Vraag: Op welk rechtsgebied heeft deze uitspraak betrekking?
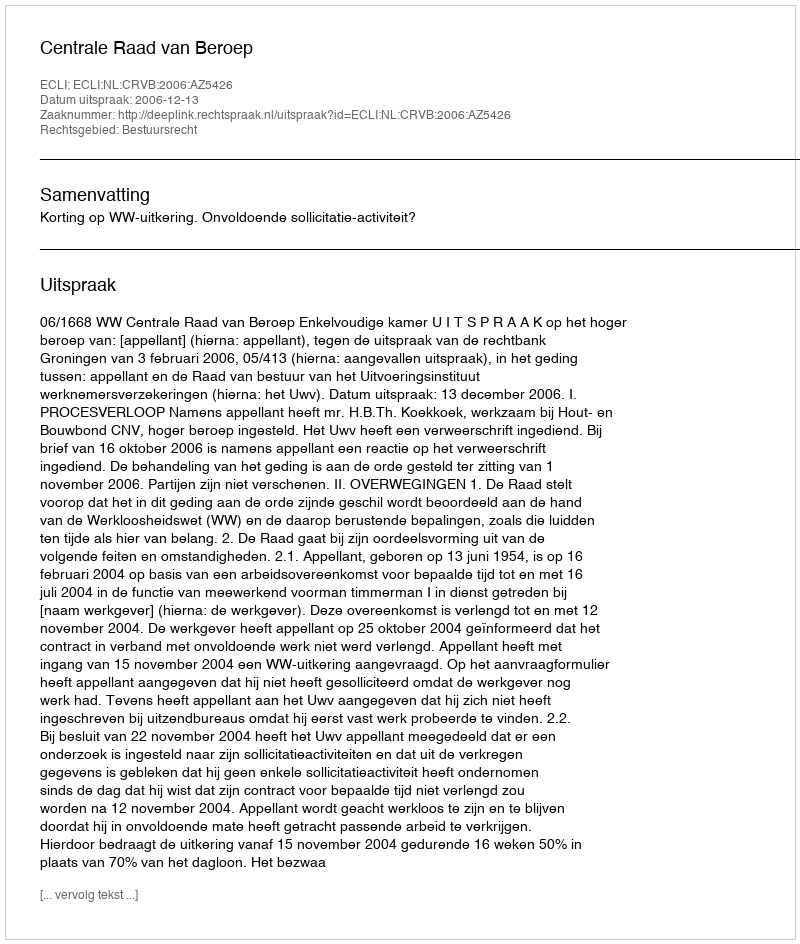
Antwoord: Bestuursrecht